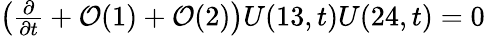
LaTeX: \begin{array}{r}{\left(\frac{\partial}{\partial t}+\mathcal{O}(1)+\mathcal{O}(2)\right)U(13,t)U(24,t)=0}\end{array}